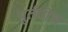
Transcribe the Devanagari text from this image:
पुर्तगीज